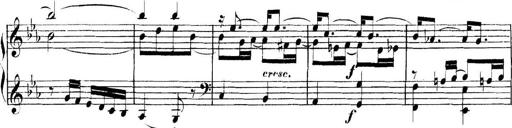
Title: Collected Piano Sonatas
Composer: Muzio Clementi